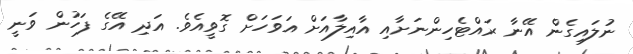
ނުލައިގެން އޭނާ ރައްޓެހިންނަށާއި އާއިލާއަށް އަވަހަށް ގޮވީއެވެ. އަދި އޭގެ ފަހުން ވަނީ